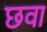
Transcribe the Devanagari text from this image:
छवा